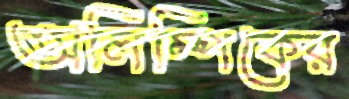
অলিম্পিকের